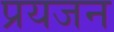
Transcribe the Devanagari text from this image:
प्रयजन